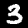
Label: 3